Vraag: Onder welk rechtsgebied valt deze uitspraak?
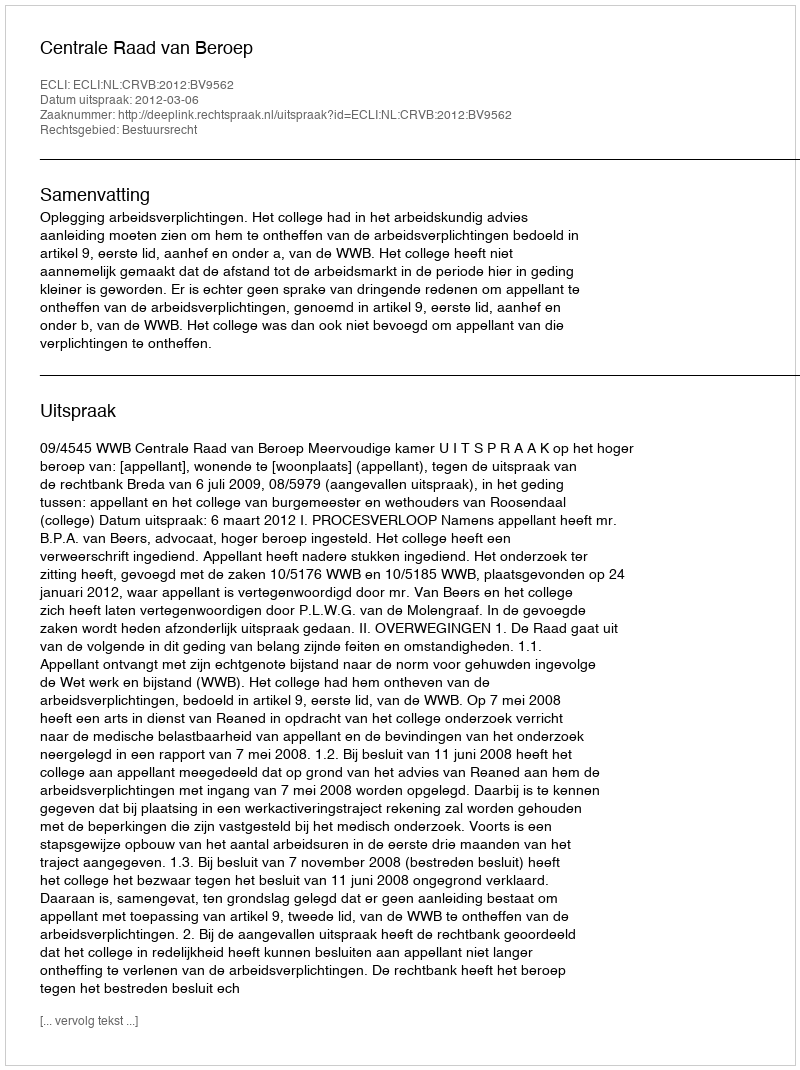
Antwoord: Bestuursrecht